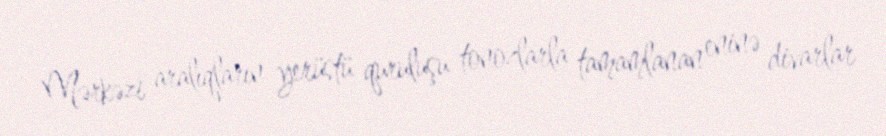
Mərkəzi aralıqların yerüstü quruluşu tonozlarla tamamlanan eninə divarlar